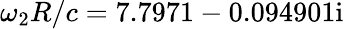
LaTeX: \omega_{2}R/c=7.7971-0.094901\mathrm{i}